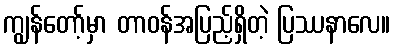
ကျွန်တော့်မှာ တာဝန်အပြည့်ရှိတဲ့ ပြဿနာလေ။